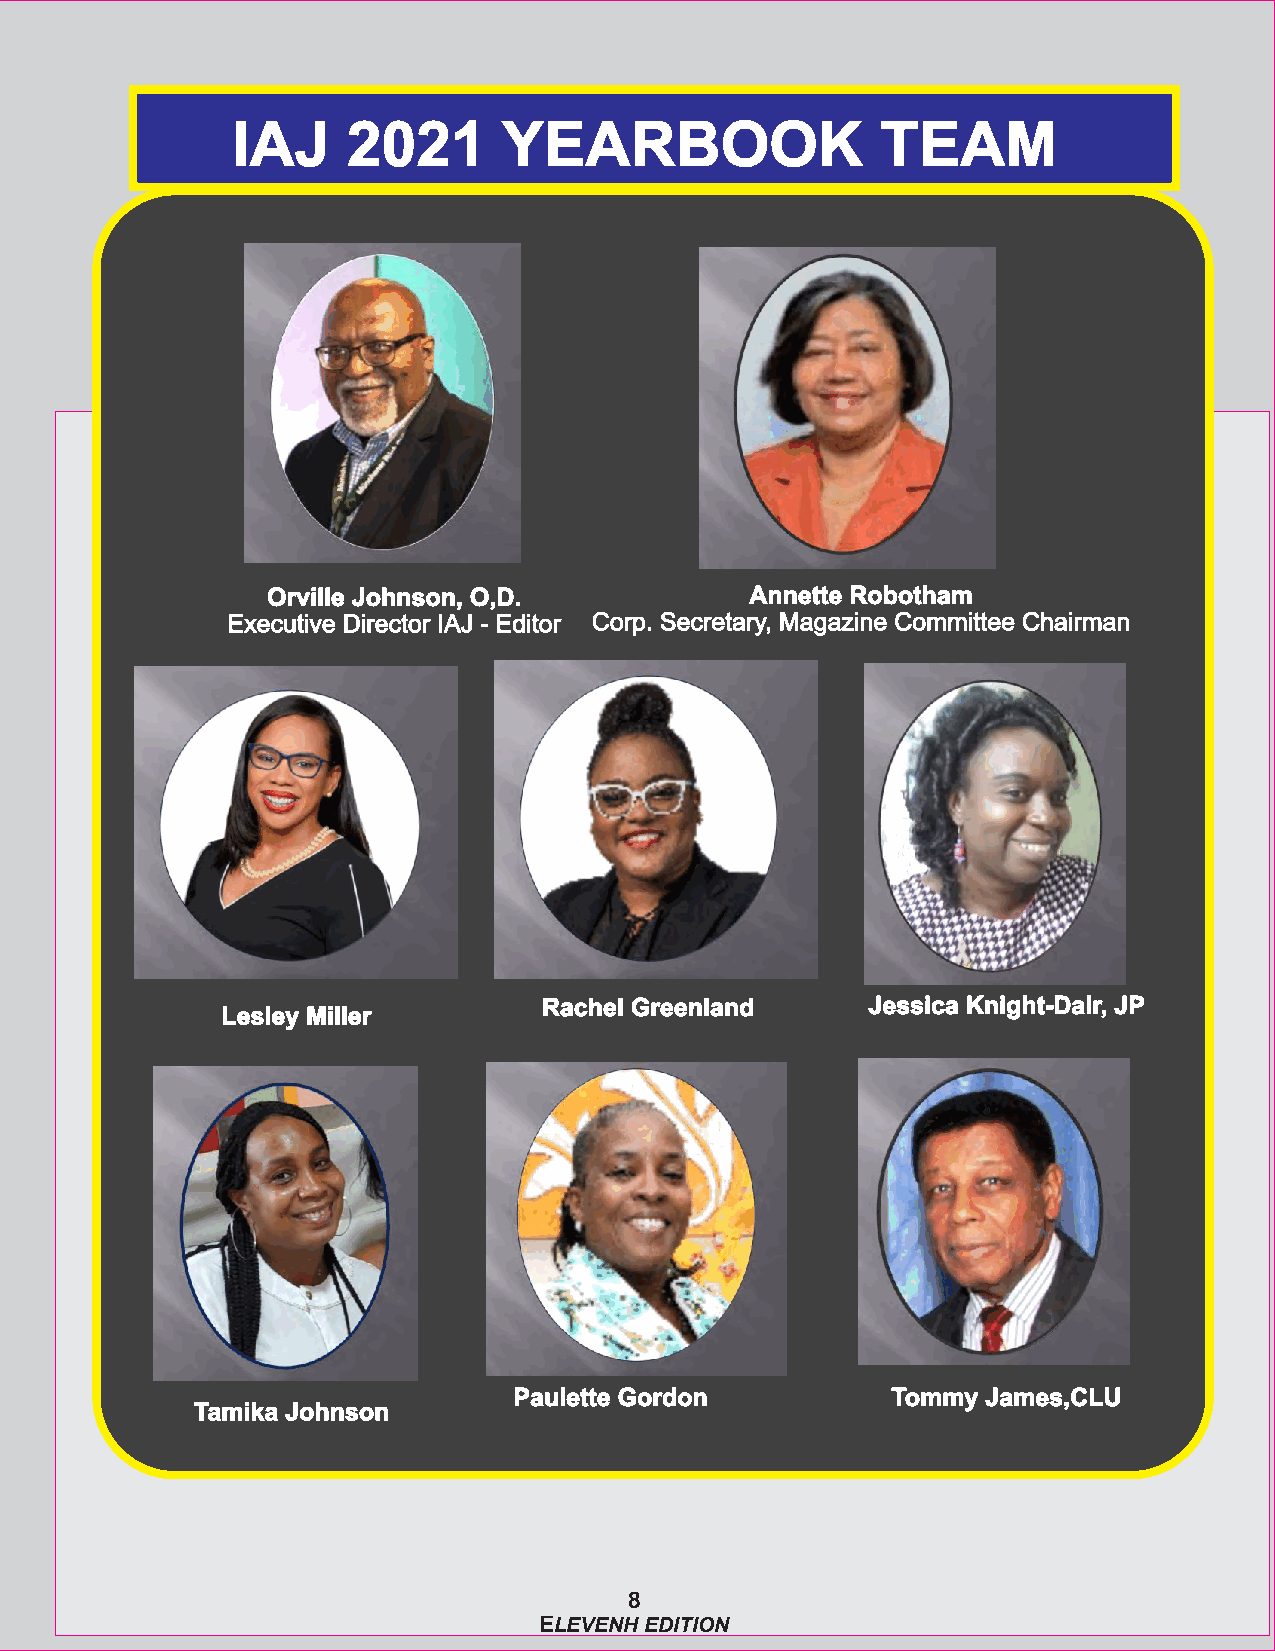
IAJ     2021      YEARBOOK                 TEAM
 Orville Johnson, O,D.           Annette Robotham
 Executive Director IAJ - Editor Corp. Secretary, Magazine Committee Chairman
 Rachel Greenland      Jessica Knight-Dair, JP
 Lesley Miller
 Paulette Gordon          Tommy James,CLU
 Tamika Johnson
 8
 ELEVENH EDITION